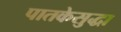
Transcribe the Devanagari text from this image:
पातकेसुद्धा